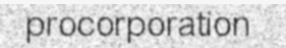
procorporation